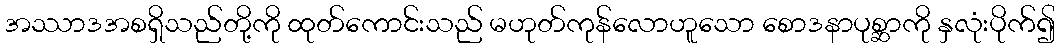
အဿာဒအစရှိသည်တို့ကို ထုတ်ကောင်းသည် မဟုတ်ကုန်လောဟူသော စောဒနာပုစ္ဆာကို နှလုံးပိုက်၍